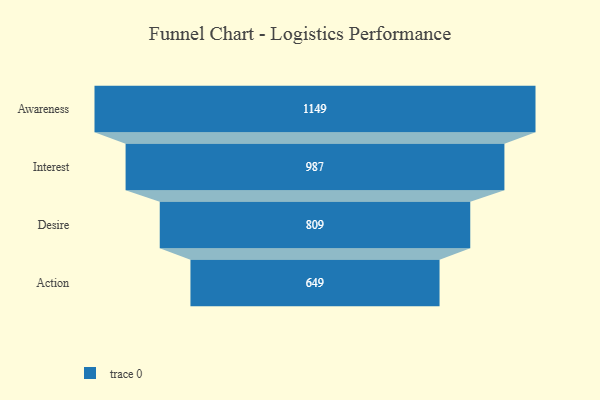
{"axis": {"x": "Stage", "y": "Value"}, "legend": [""], "data": [{"x": "Awareness", "y": 1149.0, "type": ""}, {"x": "Interest", "y": 987.0, "type": ""}, {"x": "Desire", "y": 809.0, "type": ""}, {"x": "Action", "y": 649.0, "type": ""}]}